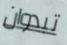
تبدوان